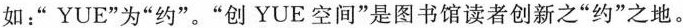
如：”YUE”为”约”。”创YUE空间”是图书馆读者创新之”约”之地。